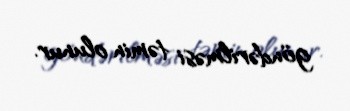
göndərilməsi təmin olunur.